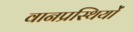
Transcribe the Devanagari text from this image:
वानप्रस्थियों